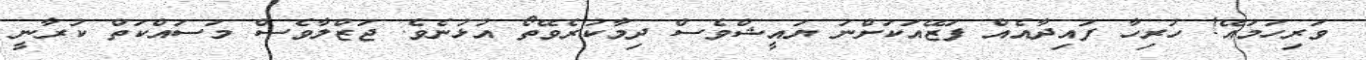
ވަރިހަމައޭ! ހުރިހާ ފައިދާއެއް ފަޒޭއަކަށްނު ޔައީޝްވެސް ދިމާކުރެވޭތޯ އުޅުނެވެ. ޖަޒްލާވެސް މަސައްކަތް ކުރާނީ